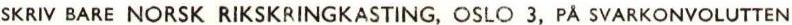
SKRIV BARE NORSK RIKSKRINGKASTING, OSLO 3, PÅ SVARKONVOLUTTEN